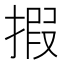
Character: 𢱈